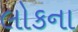
લોકના